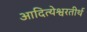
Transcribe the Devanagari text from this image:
आदित्येश्वरतीर्थ